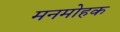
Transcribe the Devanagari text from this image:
मनमोहक